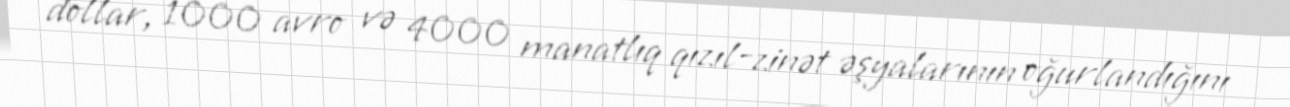
dollar, 1000 avro və 4000 manatlıq qızıl-zinət əşyalarının oğurlandığını